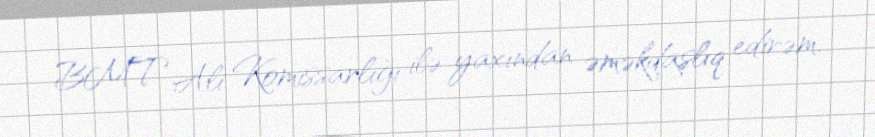
BMT Ali Komissarlığı ilə yaxından əməkdaşlıq edirəm.